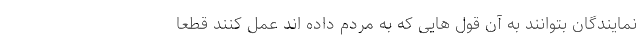
نمایندگان بتوانند به آن قول هایی که به مردم داده اند عمل کنند قطعا